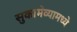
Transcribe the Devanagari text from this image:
सुकामेव्यामध्ये